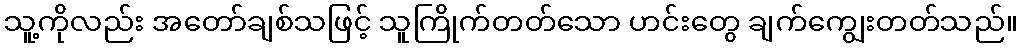
သူ့ကိုလည်း အတော်ချစ်သဖြင့် သူကြိုက်တတ်သော ဟင်းတွေ ချက်ကျွေးတတ်သည်။